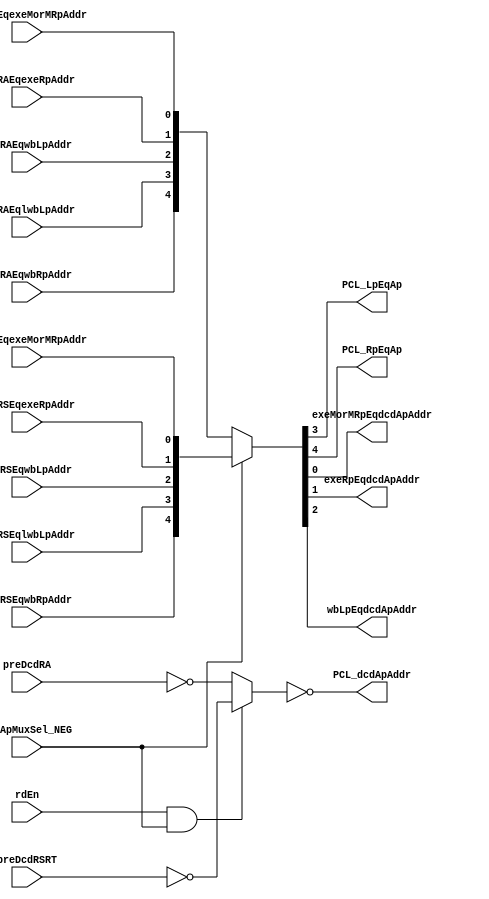
// 
// ************************************************************************** 
// 
//  Copyright (c) International Business Machines Corporation, 2005. 
// 
//  This file contains trade secrets and other proprietary and confidential 
//  information of International Business Machines Corporation which are 
//  protected by copyright and other intellectual property rights and shall 
//  not be reproduced, transferred to other documents, disclosed to others, 
//  or used for any purpose except as specifically authorized in writing by 
//  International Business Machines Corporation. This notice must be 
//  contained as part of this text at all times. 
// 
// ************************************************************************** 
//

module p405s_aPortMux( PCL_LpEqAp, PCL_RpEqAp, PCL_dcdApAddr, exeMorMRpEqdcdApAddr,
     exeRpEqdcdApAddr, wbLpEqdcdApAddr, dcdApMuxSel_NEG, dcdRAEqexeMorMRpAddr,
     dcdRAEqexeRpAddr, dcdRAEqlwbLpAddr, dcdRAEqwbLpAddr, dcdRAEqwbRpAddr,
     dcdRSEqexeMorMRpAddr, dcdRSEqexeRpAddr, dcdRSEqlwbLpAddr, dcdRSEqwbLpAddr,
     dcdRSEqwbRpAddr, preDcdRA, preDcdRSRT, rdEn );
output  PCL_LpEqAp, PCL_RpEqAp, exeMorMRpEqdcdApAddr, exeRpEqdcdApAddr, wbLpEqdcdApAddr;


input  dcdApMuxSel_NEG, dcdRAEqexeMorMRpAddr, dcdRAEqexeRpAddr, dcdRAEqlwbLpAddr,
     dcdRAEqwbLpAddr, dcdRAEqwbRpAddr, dcdRSEqexeMorMRpAddr, dcdRSEqexeRpAddr,
     dcdRSEqlwbLpAddr, dcdRSEqwbLpAddr, dcdRSEqwbRpAddr, rdEn;

output [0:9]  PCL_dcdApAddr;


input [0:9]  preDcdRSRT;
input [0:9]  preDcdRA;

// Buses in the design

wire  [0:9]  aPortAddrMuxOut;
wire dcdApMuxSel;

//Removed the module dp_logPCL_aPortAddrGate 
assign dcdApMuxSel = ~(rdEn & dcdApMuxSel_NEG);

//Removed the module dp_muxPCL_aPortDepend 
assign {PCL_RpEqAp, PCL_LpEqAp, wbLpEqdcdApAddr, exeRpEqdcdApAddr, exeMorMRpEqdcdApAddr}
       = dcdApMuxSel_NEG ? {dcdRSEqwbRpAddr, dcdRSEqlwbLpAddr,
                            dcdRSEqwbLpAddr, dcdRSEqexeRpAddr, 
                            dcdRSEqexeMorMRpAddr}
                         : {dcdRAEqwbRpAddr, dcdRAEqlwbLpAddr, dcdRAEqwbLpAddr,
                            dcdRAEqexeRpAddr, dcdRAEqexeMorMRpAddr};
                         
                         
//Removed the module dp_logPCL_aPortAddrINV 
assign PCL_dcdApAddr = ~aPortAddrMuxOut;

//Removed the module dp_muxPCL_aPortAddr 
assign aPortAddrMuxOut = dcdApMuxSel ? ~preDcdRA : ~preDcdRSRT;

endmodule